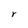
Character: r